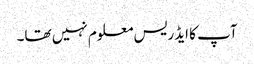
آپ کا ایڈریس معلوم نہیں تھا۔